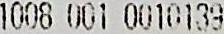
1008 001 0010139